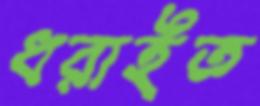
ধরাইত